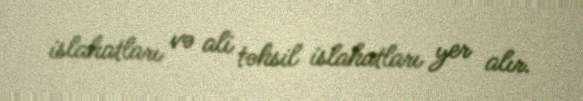
islahatları və ali təhsil islahatları yer alır.